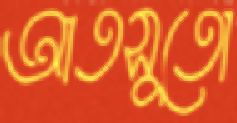
আতসুতো